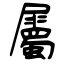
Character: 屬